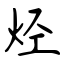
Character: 烃